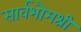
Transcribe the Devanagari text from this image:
सार्वभौमश्री